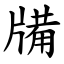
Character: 㸢